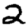
Digit: 2